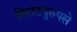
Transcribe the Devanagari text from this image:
विराटपुरुषसे